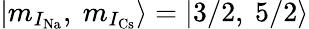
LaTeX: |m_{I_{\mathrm{Na}}},\ m_{I_{\mathrm{Cs}}}\rangle=|3/2,\ 5/2\rangle